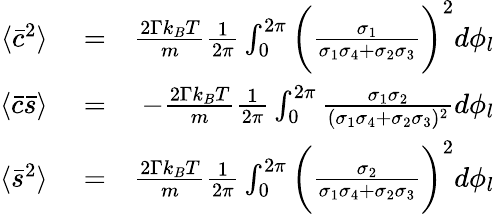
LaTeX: \begin{array}{rlr}{\langle\bar{c}^{2}\rangle}&{{}=}&{\frac{2\Gamma k_{B}T}{m}\frac{1}{2\pi}\int_{0}^{2\pi}\bigg(\frac{\sigma_{1}}{\sigma_{1}\sigma_{4}+\sigma_{2}\sigma_{3}}\bigg)^{2}d\phi_{l}}\\ {\langle\bar{c}\bar{s}\rangle}&{{}=}&{-\frac{2\Gamma k_{B}T}{m}\frac{1}{2\pi}\int_{0}^{2\pi}\frac{\sigma_{1}\sigma_{2}}{(\sigma_{1}\sigma_{4}+\sigma_{2}\sigma_{3})^{2}}d\phi_{l}}\\ {\langle\bar{s}^{2}\rangle}&{{}=}&{\frac{2\Gamma k_{B}T}{m}\frac{1}{2\pi}\int_{0}^{2\pi}\bigg(\frac{\sigma_{2}}{\sigma_{1}\sigma_{4}+\sigma_{2}\sigma_{3}}\bigg)^{2}d\phi_{l}}\end{array}